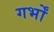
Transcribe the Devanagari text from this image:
गर्भों